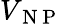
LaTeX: V_{\mathrm{~N~P~}}